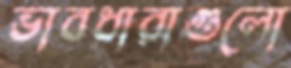
ভাবধারাগুলো